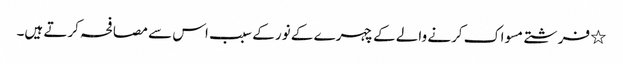
٭ فرشتے مسواک کرنے والے کے چہرے کے نور کے سبب اس سے مصافحہ کرتے ہیں۔